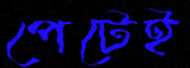
পেটেই